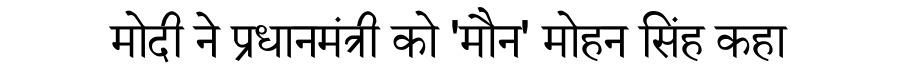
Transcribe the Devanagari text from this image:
मोदी ने प्रधानमंत्री को 'मौन' मोहन सिंह कहा